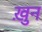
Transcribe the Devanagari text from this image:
ख़ुन